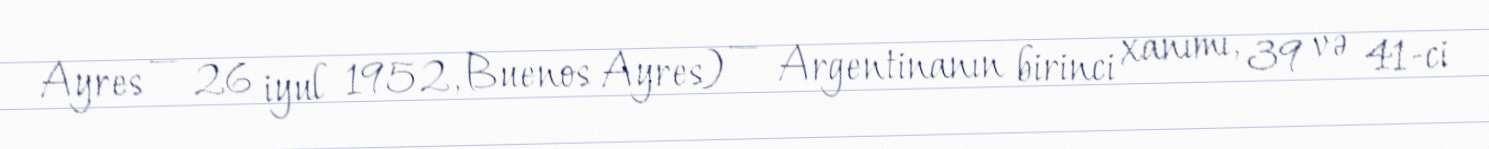
Ayres — 26 iyul 1952, Buenos Ayres) — Argentinanın birinci xanımı, 39 və 41-ci